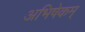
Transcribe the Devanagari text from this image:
अभिषेकम्